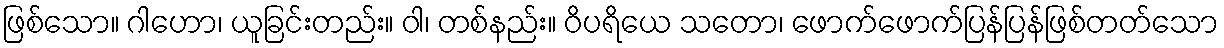
ဖြစ်သော။ ဂါဟော၊ ယူခြင်းတည်း။ ဝါ၊ တစ်နည်း။ ဝိပရိယေ သတော၊ ဖောက်ဖောက်ပြန်ပြန်ဖြစ်တတ်သော